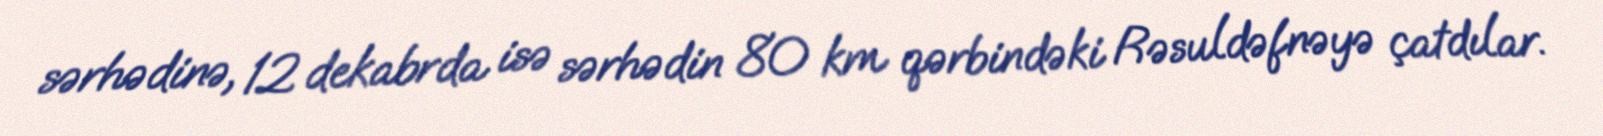
sərhədinə, 12 dekabrda isə sərhədin 80 km qərbindəki Rəsuldəfnəyə çatdılar.